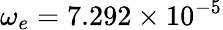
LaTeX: \omega_{e}=7.292\times 10^{-5}